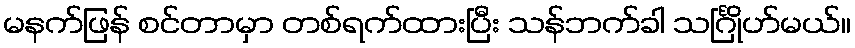
မနက်ဖြန် စင်တာမှာ တစ်ရက်ထားပြီး သန်ဘက်ခါ သင်္ဂြိုဟ်မယ်။